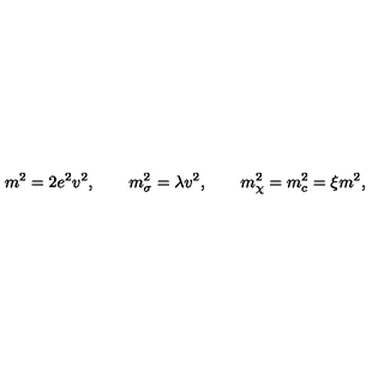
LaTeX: m ^ { 2 } = 2 e ^ { 2 } v ^ { 2 } , \qquad m _ { \sigma } ^ { 2 } = \lambda v ^ { 2 } , \qquad m _ { \chi } ^ { 2 } = m _ { c } ^ { 2 } = \xi m ^ { 2 } ,